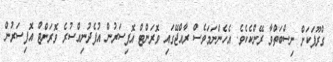
ގްރޫޕަކަށް ނިސްބަތްވާ ރޭންކެކެވެ. އެހެންނަމަވެސް ރާއްޖޭގައި ވޮރަންޓް އޮފިސަރުން އުފެދުނިއްސުރެ ވޮރަންޓް އޮފިސަރުން